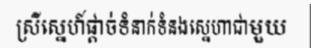
ស្រីស្នេហ៍ផ្តាច់ទំនាក់ទំនងស្នេហាជាមួយ